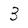
Character: 3